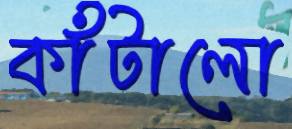
কাঁটালো